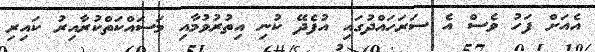
އެއަށް ފަހު ވެސް އެ ސަރަހައްދުގައި އުފެދޭ ކުނި އިތުރުވުމާއި މަސައްކަތްކުރާއިރު ކައިރި